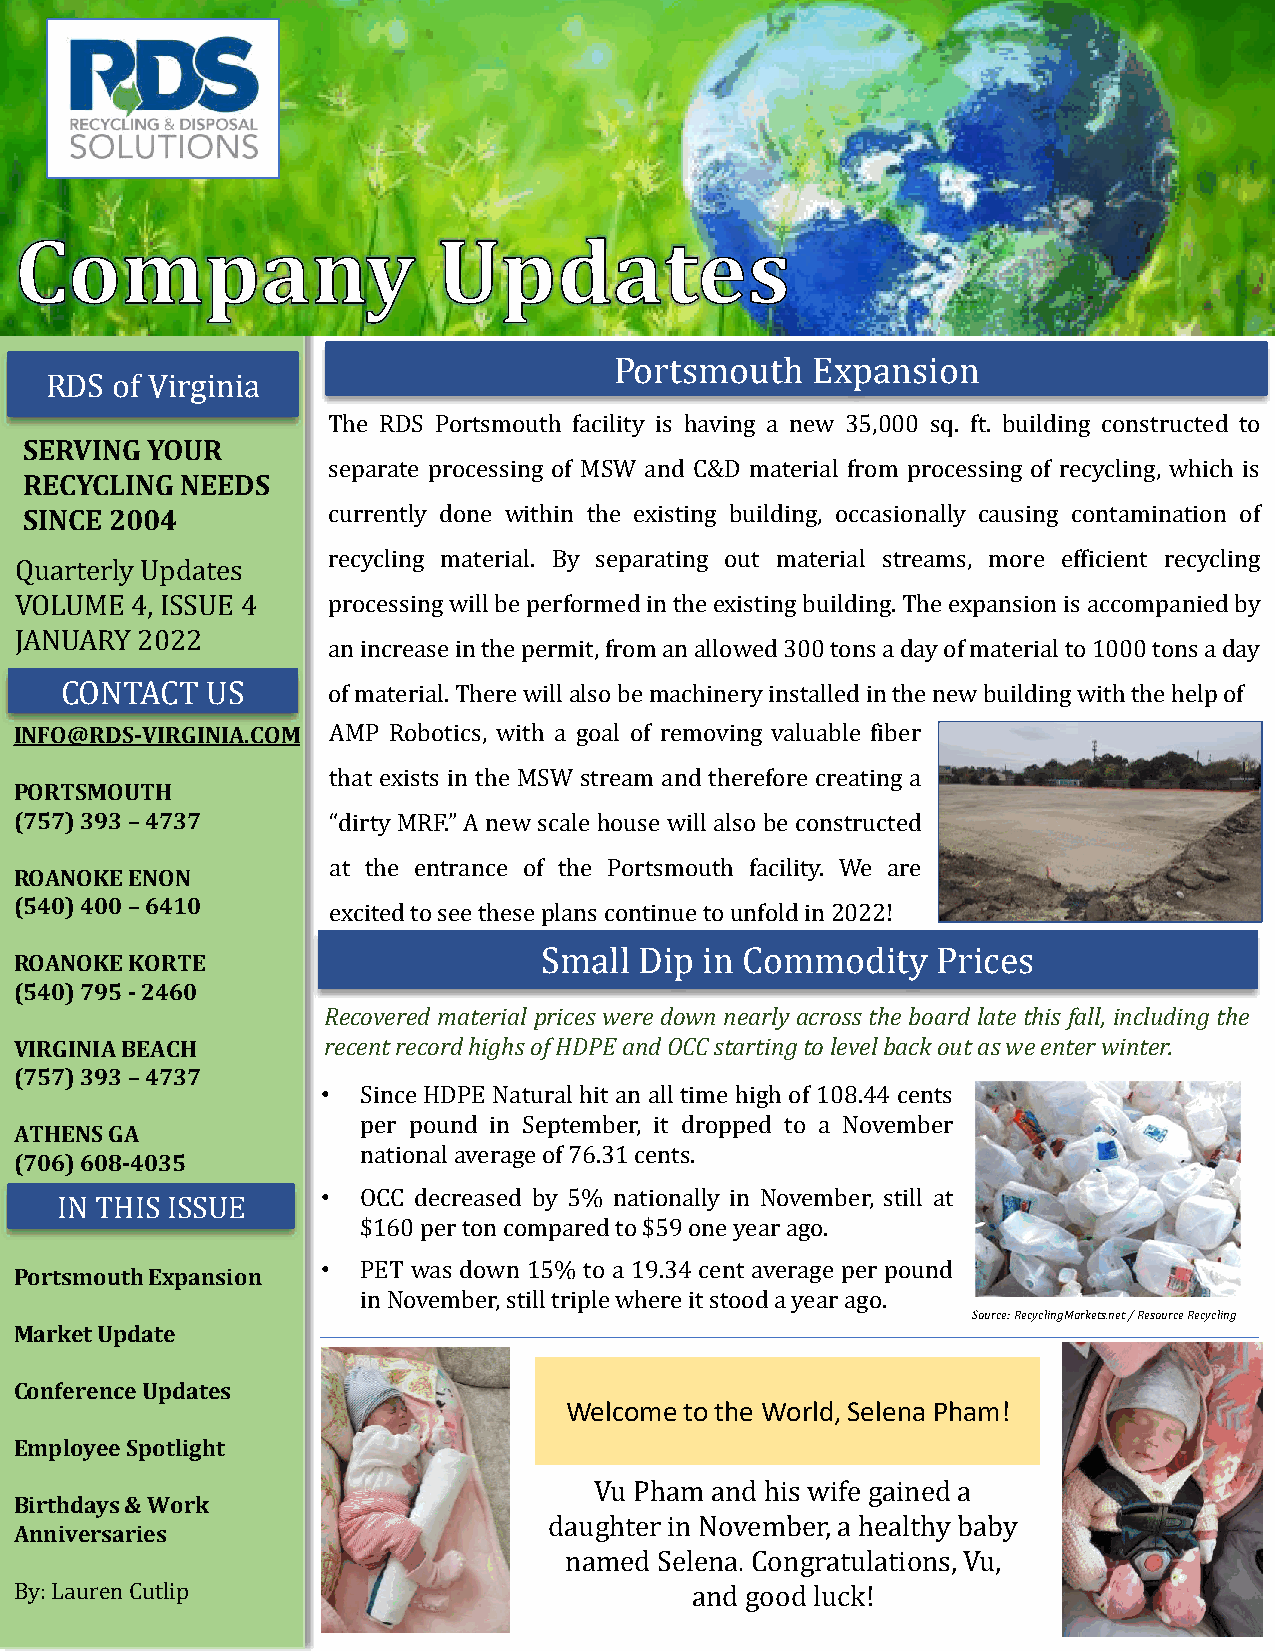
Portsmouth   Expansion
 RDS of Virginia
 The RDS Portsmouth facility is having a new 35,000 sq. ft. building constructed to
 SERVING YOUR
 separate processing of MSW and C&D material from processing of recycling, which is
 RECYCLING NEEDS
 SINCE 2004          currently done within the existing building, occasionally causing contamination of
 recycling material. By separating out material streams, more efficient recycling
 Quarterly Updates
 VOLUME  4, ISSUE 4   processingwillbeperformedintheexistingbuilding.Theexpansionisaccompaniedby
 JANUARY 2022
 anincreaseinthepermit,fromanallowed300tonsadayofmaterialto1000tonsaday
 CONTACT   US      ofmaterial.Therewillalsobemachineryinstalledinthenewbuildingwiththehelpof
 INFO@RDS-VIRGINIA.COM AMP Robotics, with a goal of removing valuable fiber
 that exists in the MSW stream and therefore creating a
 PORTSMOUTH
 (757) 393 –4737      “dirty MRF.” A new scale house will also be constructed
 at the entrance of the Portsmouth facility. We are
 ROANOKE ENON
 (540) 400 –6410      excitedtoseetheseplanscontinuetounfoldin2022!
 Small Dip  in Commodity   Prices
 ROANOKE KORTE
 (540) 795 -2460
 Recovered material prices were down nearly across the board late this fall, including the
 VIRGINIA BEACH      recentrecordhighsofHDPEandOCCstartingtolevelbackoutasweenterwinter.
 (757) 393 –4737
 •  Since HDPE Natural hit an all time high of 108.44 cents
 per pound in September, it dropped to a November
 ATHENS GA
 nationalaverageof76.31cents.
 (706) 608-4035
 •  OCC decreased by 5% nationally in November, still at
 IN THIS ISSUE
 $160pertoncomparedto$59oneyearago.
 •  PET was down 15% to a 19.34 cent average per pound
 Portsmouth Expansion
 inNovember,stilltriplewhereitstoodayearago.
 Source: RecyclingMarkets.net / Resource Recycling
 Market Update
 Conference Updates
 Welcome to the World, Selena Pham!
 Employee Spotlight
 Vu Pham and his wife gained a
 Birthdays & Work
 daughter in November, a healthy baby
 Anniversaries
 named  Selena. Congratulations, Vu,
 By: Lauren Cutlip                            and good luck!